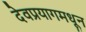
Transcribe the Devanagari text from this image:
देवप्रयागमधून